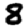
Digit: 8